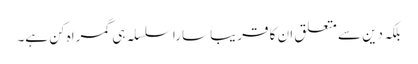
بلکہ دین سے متعلق ان کا قریباً سارا سلسلہ ہی گمراہ کن ہے۔